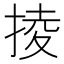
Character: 掕